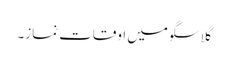
گلاسگو میں اوقات نماز۔